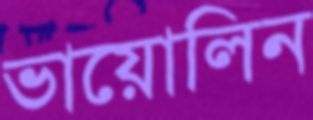
ভায়োলিন